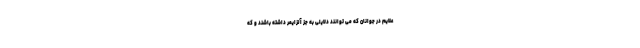
علایم در جوانان که می توانند دلایلی به جز آلزایمر داشته باشند و که